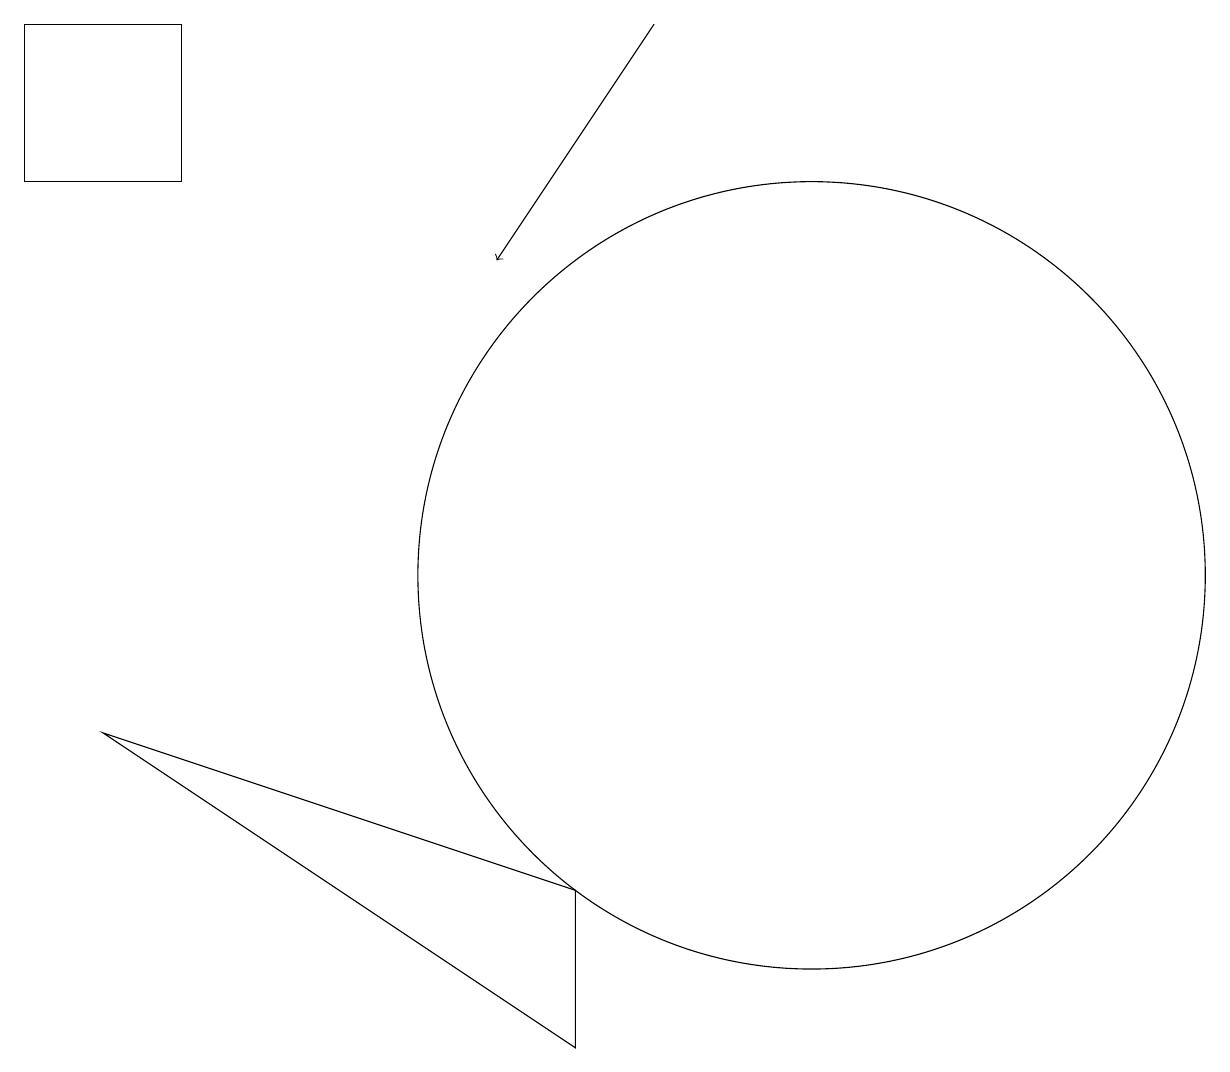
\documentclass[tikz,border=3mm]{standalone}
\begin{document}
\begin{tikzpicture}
\draw[->] (8,17) -- (6,14);
\draw (10,10) circle (5);
\draw (12,10) circle (0);
\draw (1,8) -- (7,4) -- (7,6) -- cycle;
\draw (2,17) rectangle (0,15);
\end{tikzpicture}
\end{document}